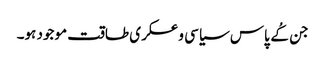
جن کُے پاس سیاسی و عسکری طاقت موجود ہو۔